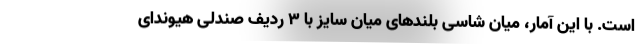
است. با این آمار، میان شاسی بلندهای میان سایز با 3 ردیف صندلی هیوندای